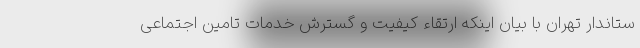
ستاندار تهران با بیان اینکه ارتقاء کیفیت و گسترش خدمات تامین اجتماعی